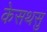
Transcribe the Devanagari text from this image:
केसथसु